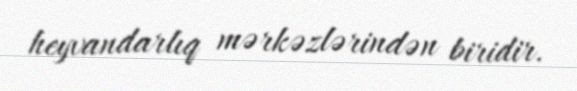
heyvandarlıq mərkəzlərindən biridir.